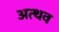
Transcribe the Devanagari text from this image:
अत्थव